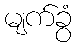
မျက်ခွံ